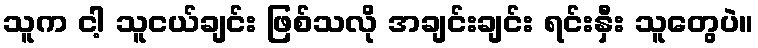
သူက ငါ့ သူငယ်ချင်း ဖြစ်သလို အချင်းချင်း ရင်းနှီး သူတွေပဲ။